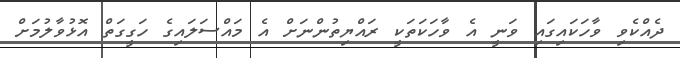
ދެއްކެވި ވާހަކައިގައި ވަނީ އެ ވާހަކަތަކީ ރައްޔިތުންނަށް އެ މައްސަލައިގެ ހަގީގަތް އޮޅުވާލުމަށް